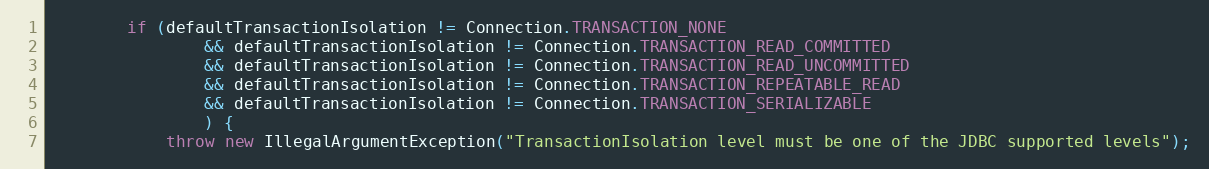
Language: Java
        if (defaultTransactionIsolation != Connection.TRANSACTION_NONE
                && defaultTransactionIsolation != Connection.TRANSACTION_READ_COMMITTED
                && defaultTransactionIsolation != Connection.TRANSACTION_READ_UNCOMMITTED
                && defaultTransactionIsolation != Connection.TRANSACTION_REPEATABLE_READ
                && defaultTransactionIsolation != Connection.TRANSACTION_SERIALIZABLE
                ) {
            throw new IllegalArgumentException("TransactionIsolation level must be one of the JDBC supported levels");